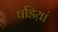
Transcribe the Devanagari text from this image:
घडिय़ां